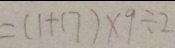
= ( 1 + 1 7 ) \times 9 \div 2